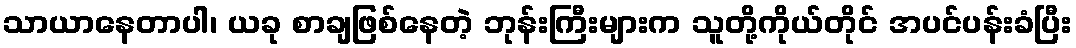
သာယာနေတာပါ၊ ယခု စာချဖြစ်နေတဲ့ ဘုန်းကြီးများက သူတို့ကိုယ်တိုင် အပင်ပန်းခံပြီး